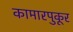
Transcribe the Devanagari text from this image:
कामारपुकूर